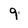
Character: 9